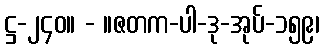
ဋ္ဌ-၂၄၀။ - ။ဇတက-ပါ-ဒု-အုပ်-၁၅၉၊